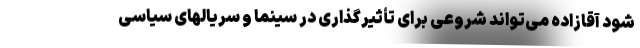
شود آقازاده می‌تواند شروعی برای تأثیرگذاری در سینما و سریالهای سیاسی